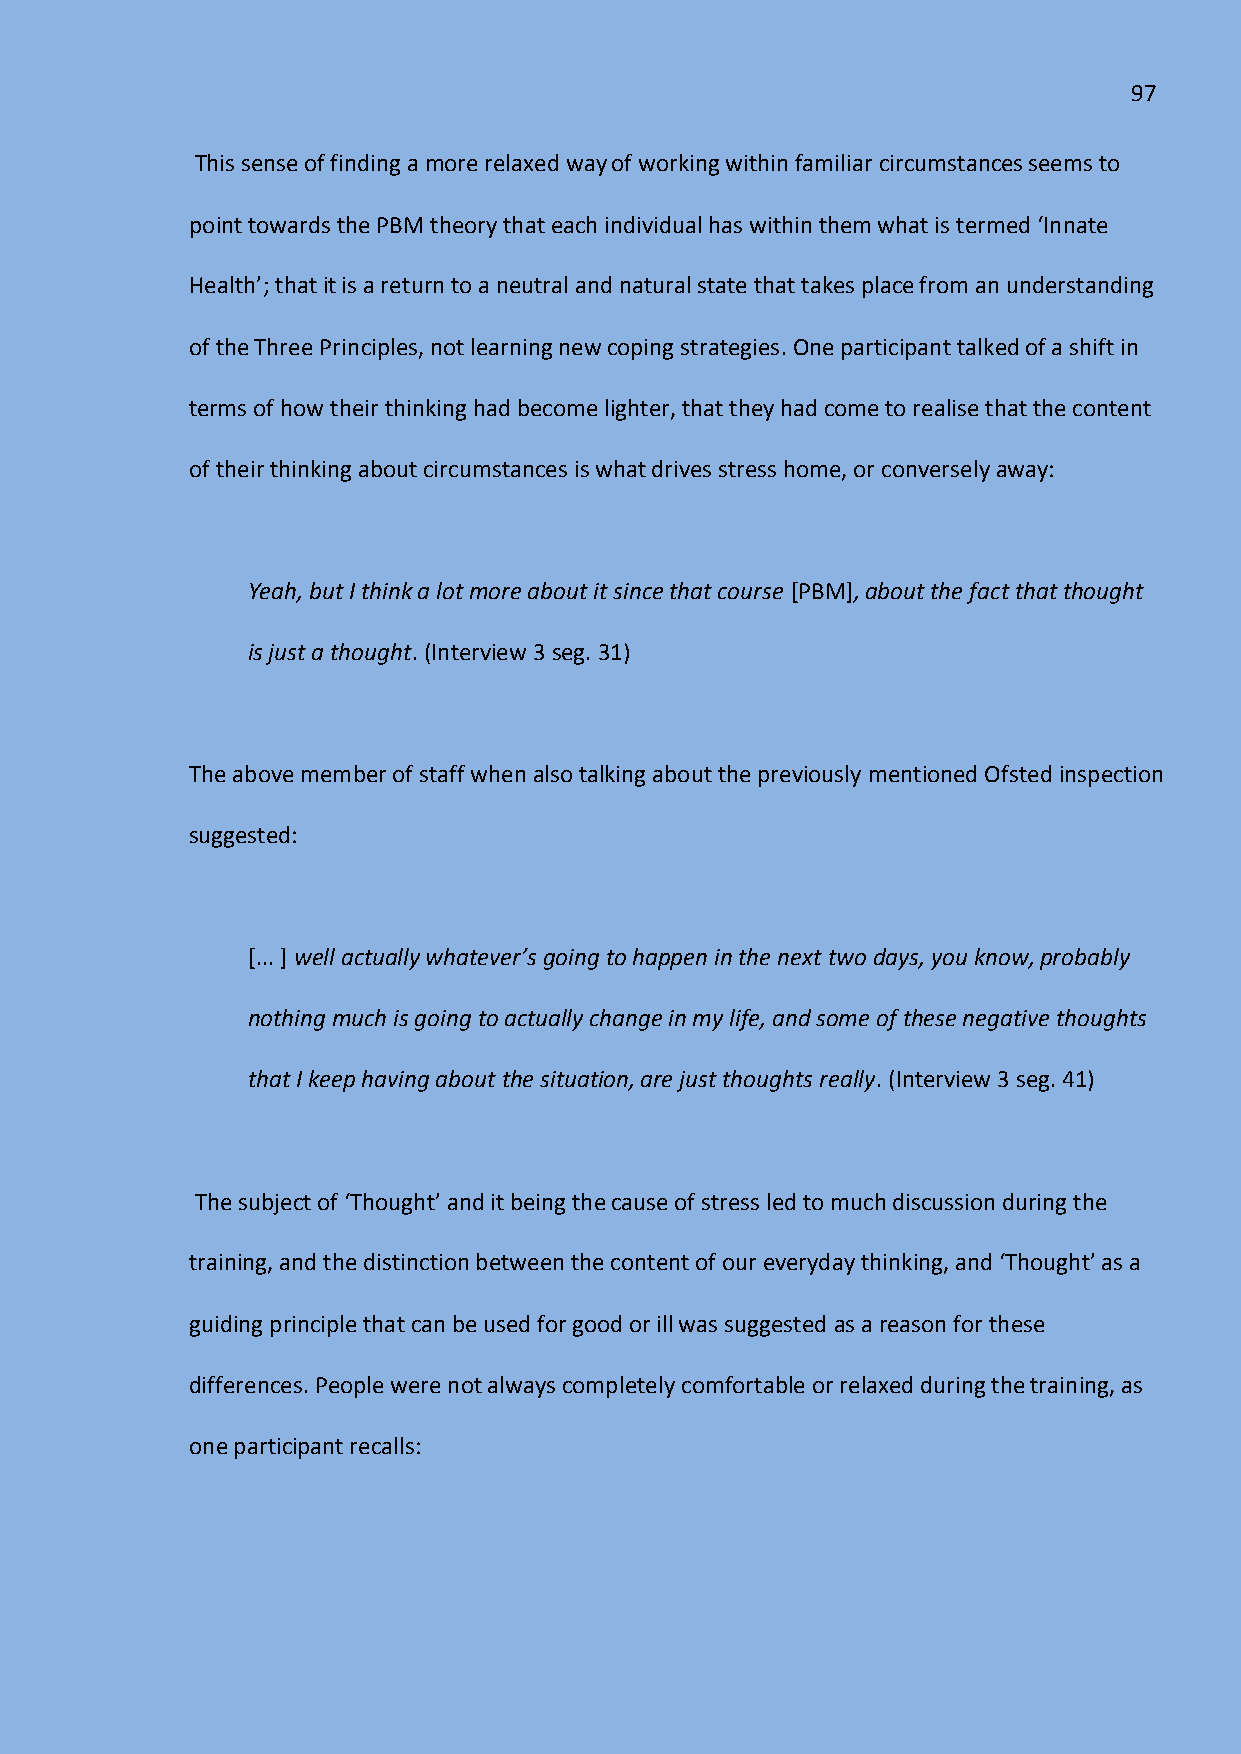
97
 This sense of finding a more relaxed way of working within familiar circumstances seems to
 point towards the PBM theory that each individual has within them what is termed ‘Innate
 Health’; that it is a return to a neutral and natural state that takes place from an understanding
 of the Three Principles, not learning new coping strategies. One participant talked of a shift in
 terms of how their thinking had become lighter, that they had come to realise that the content
 of their thinking about circumstances is what drives stress home, or conversely away:
 Yeah, but I think a lot more about it since that course [PBM], about the fact that thought
 is just a thought. (Interview 3 seg. 31)
 The above member of staff when also talking about the previously mentioned Ofsted inspection
 suggested:
 [... ] well actually whatever’s going to happen in the next two days, you know, probably
 nothing much is going to actually change in my life, and some of these negative thoughts
 that I keep having about the situation, are just thoughts really. (Interview 3 seg. 41)
 The subject of ‘Thought’ and it being the cause of stress led to much discussion during the
 training, and the distinction between the content of our everyday thinking, and ‘Thought’ as a
 guiding principle that can be used for good or ill was suggested as a reason for these
 differences. People were not always completely comfortable or relaxed during the training, as
 one participant recalls: